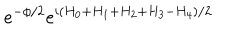
e ^ { - \phi / 2 } e ^ { i ( H _ { 0 } + H _ { 1 } + H _ { 2 } + H _ { 3 } - H _ { 4 } ) / 2 }